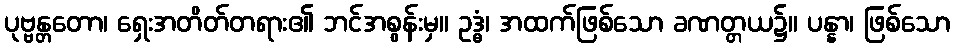
ပုဗ္ဗန္တတော၊ ရှေးအတိတ်တရား၏ ဘင်အစွန်းမှ။ ဥဒ္ဓံ၊ အထက်ဖြစ်သော ခဏတ္တယ၌။ ပန္နာ၊ ဖြစ်သော